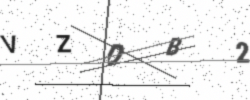
Text: VZDB2